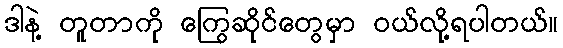
ဒါနဲ့ တူတာကို ကြွေဆိုင်တွေမှာ ဝယ်လို့ရပါတယ်။